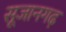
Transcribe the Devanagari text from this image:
सूजानगढ़